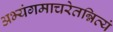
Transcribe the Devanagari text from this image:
अभ्यंगमाचरेतन्नित्यं